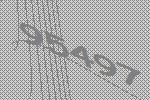
95497